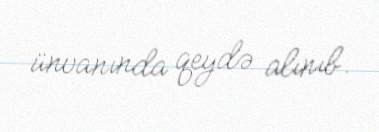
ünvanında qeydə alınıb.